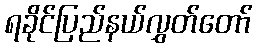
ရခိုင်ပြည်နယ်လွှတ်တော်